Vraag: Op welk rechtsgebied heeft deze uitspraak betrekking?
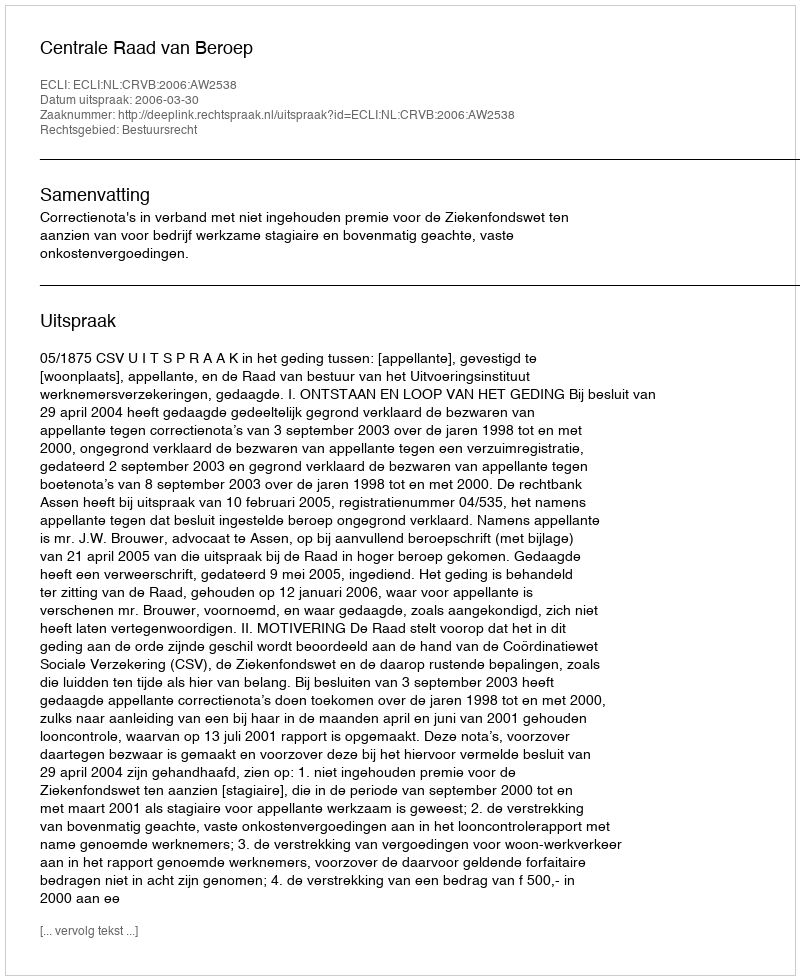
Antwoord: Bestuursrecht